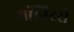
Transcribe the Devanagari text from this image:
मॉनिटरी